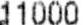
11000